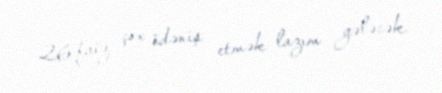
26 faiz çox ödəniş etmək lazım gələcək.